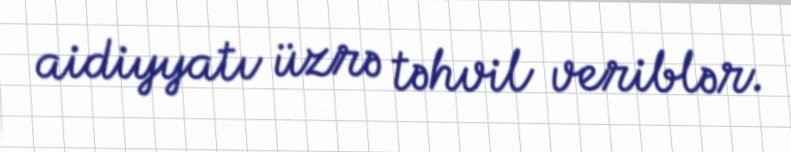
aidiyyatı üzrə təhvil veriblər.